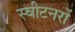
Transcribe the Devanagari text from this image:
स्वीटनरों